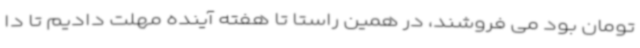
تومان بود می فروشند، در همین راستا تا هفته آینده مهلت دادیم تا دا